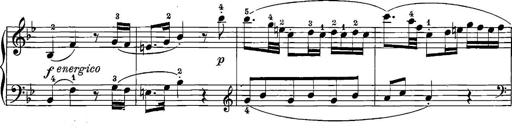
Title: 12 Sonatinas
Composer: Ignaz Pleyel